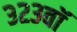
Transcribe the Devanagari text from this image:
३२३वॉ